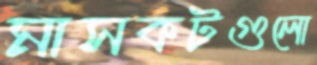
মাসকটগুলো